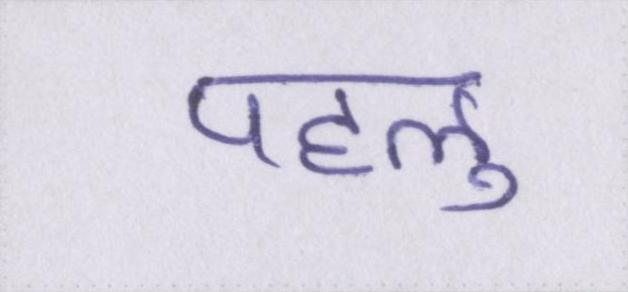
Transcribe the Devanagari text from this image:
पहलु